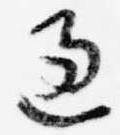
過